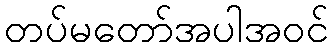
တပ်မတော်အပါအဝင်